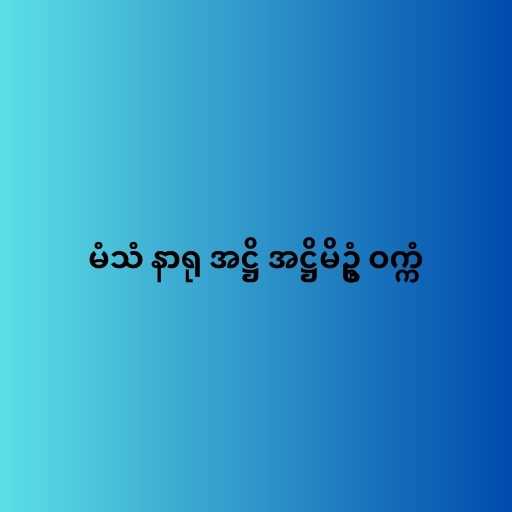
မံသံ နာရု အဋ္ဌိ အဋ္ဌိမိဥ္စံ ဝက္ကံ